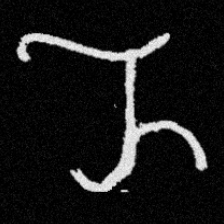
Pyu character \u2014 Myanmar letter: ည (romanized: nya)